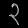
Digit: ၃